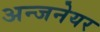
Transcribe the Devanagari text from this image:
अन्जनेयर